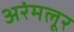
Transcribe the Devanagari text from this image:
अरंमलूर